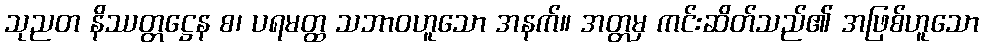
သုညတ နိဿတ္တဋ္ဌေန စ၊ ပရမတ္ထ သဘာဝဟူသော အနက်။ အတ္တမှ ကင်းဆိတ်သည်၏ အဖြစ်ဟူသော